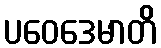
ပဝေဒေမာတိ